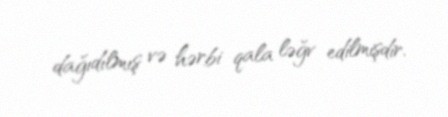
dağıdılmış və hərbi qala ləğv edilmişdir.